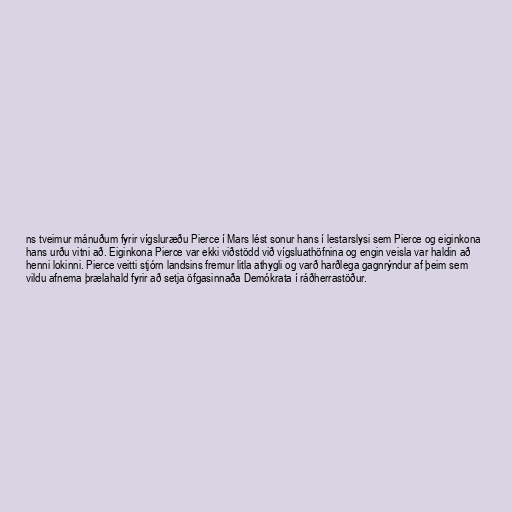
ns tveimur mánuðum fyrir vígsluræðu Pierce í Mars lést sonur hans í lestarslysi sem Pierce og eiginkona
hans urðu vitni að. Eiginkona Pierce var ekki viðstödd við vígsluathöfnina og engin veisla var haldin að
henni lokinni. Pierce veitti stjórn landsins fremur litla athygli og varð harðlega gagnrýndur af þeim sem
vildu afnema þrælahald fyrir að setja öfgasinnaða Demókrata í ráðherrastöður.